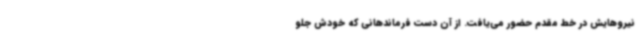
نیروهایش در خط مقدم حضور می‌یافت. از آن دست فرماندهانی که خودش جلو